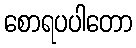
စောရပပါတော